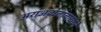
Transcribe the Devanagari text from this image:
अराजकतावाद्याने